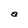
Character: a